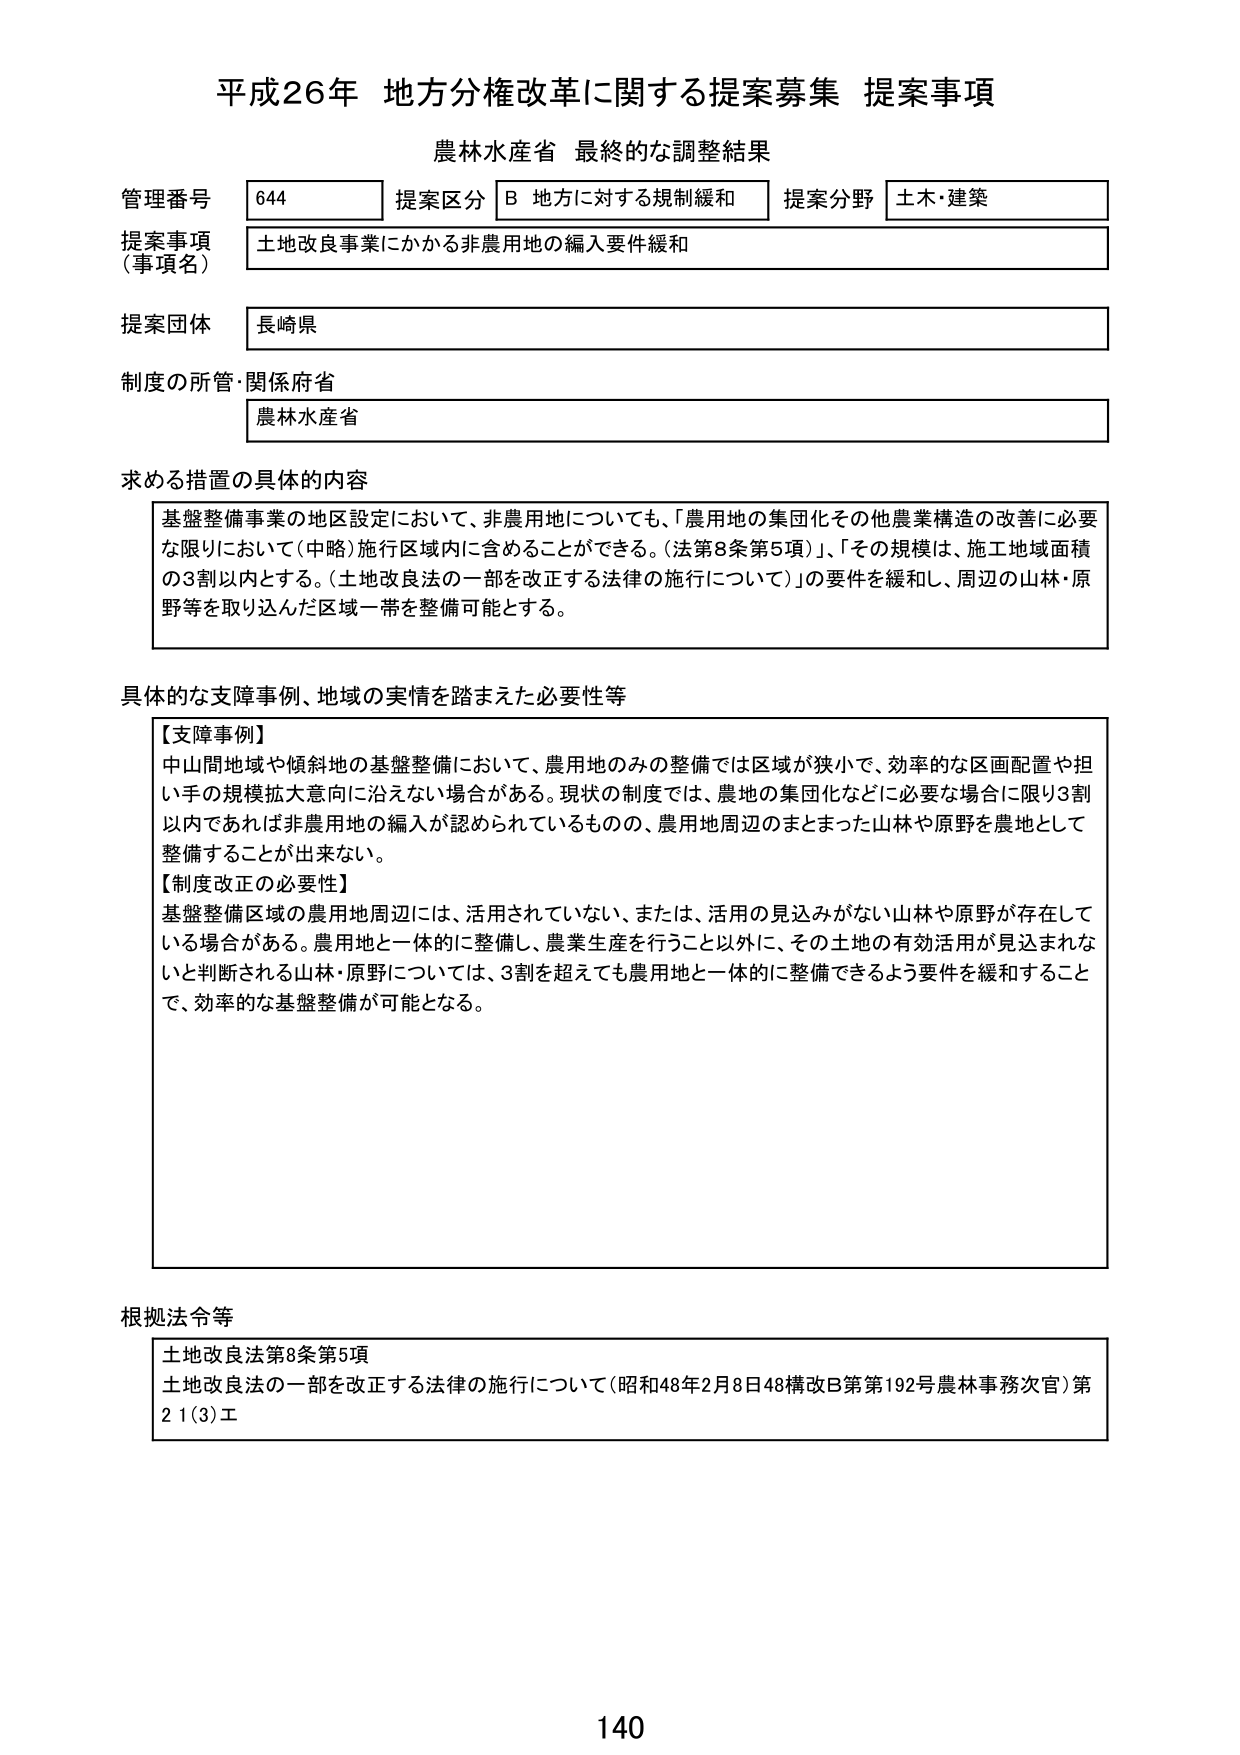
平成26年 地方分権改革に関する提案募集 提案事項
農林水産省 最終的な調整結果

管理番号 644 提案区分 B 地方に対する規制緩和 提案分野 土木・建築
提案事項（事項名） 土地改良事業にかかる非農用地の編入要件緩和
提案団体 長崎県
制度の所管・関係府省 農林水産省

求める措置の具体的内容
基盤整備事業の地区設定において、非農用地についても、「農用地の集団化その他農業構造の改善に必要な限りにおいて（中略）施行区域内に含めることができる。（法第8条第5項）」、「その規模は、施工地域面積の3割以内とする。（土地改良法の一部を改正する法律の施行について）」の要件を緩和し、周辺の山林・原野等を取り込んだ区域一帯を整備可能とする。

具体的な支障事例、地域の実情を踏まえた必要性等
【支障事例】
中山間地域や傾斜地の基盤整備において、農用地のみの整備では区域が狭小で、効率的な区画配置や担い手の規模拡大意向に沿えない場合がある。現状の制度では、農地の集団化などに必要な場合に限り3割以内であれば非農用地の編入が認められているものの、農用地周辺のまとまった山林や原野を農地として整備することが出来ない。
【制度改正の必要性】
基盤整備区域の農用地周辺には、活用されていない、または、活用の見込みがない山林や原野が存在している場合がある。農用地と一体的に整備し、農業生産を行うこと以外に、その土地の有効活用が見込まれないと判断される山林・原野については、3割を超えてでも農用地と一体的に整備できるよう要件を緩和することで、効率的な基盤整備が可能となる。

根拠法令等
土地改良法第8条第5項
土地改良法の一部を改正する法律の施行について（昭和48年2月8日48構改B第第192号農林事務次官）第21(3)エ

140